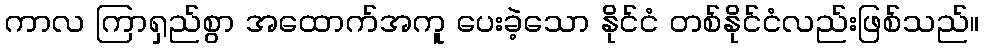
ကာလ ကြာရှည်စွာ အထောက်အကူ ပေးခဲ့သော နိုင်ငံ တစ်နိုင်ငံလည်းဖြစ်သည်။